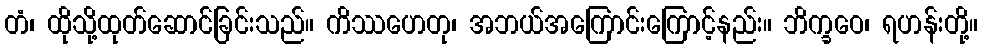
တံ၊ ထိုသို့ထုတ်ဆောင်ခြင်းသည်။ ကိဿဟေတု၊ အဘယ်အကြောင်းကြောင့်နည်း။ ဘိက္ခဝေ၊ ရဟန်းတို့။